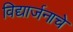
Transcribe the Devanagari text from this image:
विद्यार्जनाचे